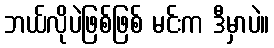
ဘယ်လိုပဲဖြစ်ဖြစ် မင်းက ဒီမှာပဲ။